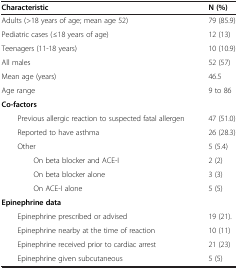
<table><thead><tr><td><b>Characteristic</b></td><td><b>N (%)</b></td></tr></thead><tbody><tr><td>Adults (&gt;18 years of age; mean age 52)</td><td>79 (85.9)</td></tr><tr><td>Pediatric cases (≤18 years of age)</td><td>12 (13)</td></tr><tr><td>Teenagers (11-18 years)</td><td>10 (10.9)</td></tr><tr><td>All males</td><td>52 (57)</td></tr><tr><td>Mean age (years)</td><td>46.5</td></tr><tr><td>Age range</td><td>9 to 86</td></tr><tr><td><b>Co-factors</b></td><td> </td></tr><tr><td>Previous allergic reaction to suspected fatal allergen</td><td>47 (51.0)</td></tr><tr><td>Reported to have asthma</td><td>26 (28.3)</td></tr><tr><td>Other</td><td>5 (5.4)</td></tr><tr><td>On beta blocker and ACE-I</td><td>2 (2)</td></tr><tr><td>On beta blocker alone</td><td>3 (3)</td></tr><tr><td>On ACE-I alone</td><td>5 (5)</td></tr><tr><td><b>Epinephrine data</b></td><td> </td></tr><tr><td>Epinephrine prescribed or advised</td><td>19 (21).</td></tr><tr><td>Epinephrine nearby at the time of reaction</td><td>10 (11)</td></tr><tr><td>Epinephrine received prior to cardiac arrest</td><td>21 (23)</td></tr><tr><td>Epinephrine given subcutaneous</td><td>5 (5)</td></tr></tbody></table>